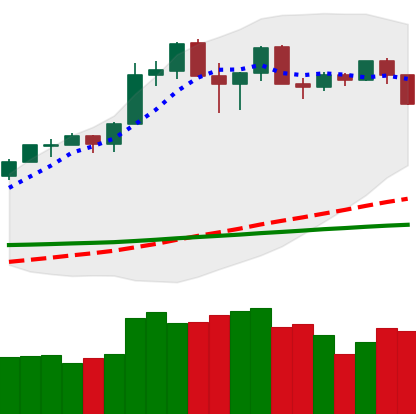
Ticker: ETH-USD
Chart end date: 2020-02-25
Forward return: -11.64%
Label: down_7plus